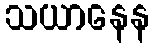
သယာနေန